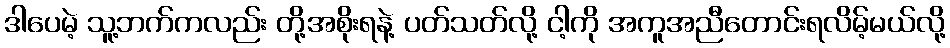
ဒါပေမဲ့ သူ့ဘက်ကလည်း တို့အစိုးရနဲ့ ပတ်သတ်လို့ ငါ့ကို အကူအညီတောင်းရလိမ့်မယ်လို့